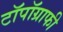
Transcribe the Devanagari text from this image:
टॉपॉग्राफी